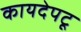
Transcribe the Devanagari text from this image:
कायदेपटू